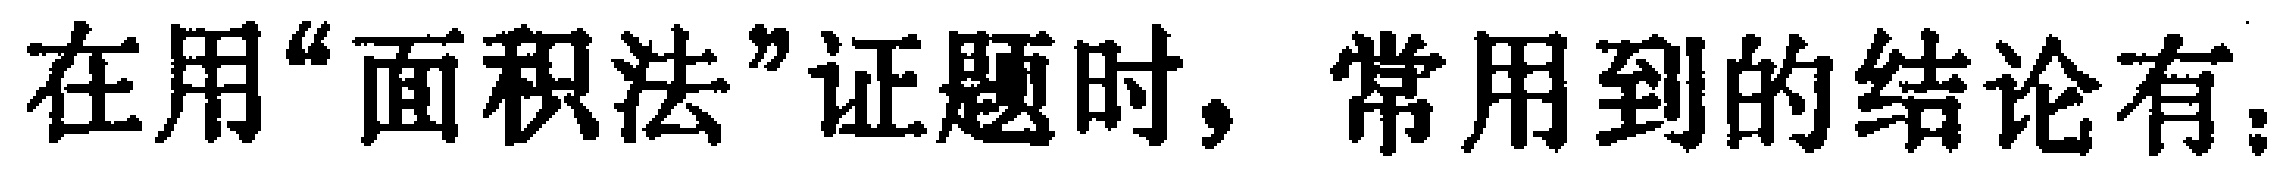
在用“面积法”证题时，常用到的结论有：